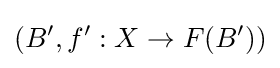
(B',f':X\to F(B'))